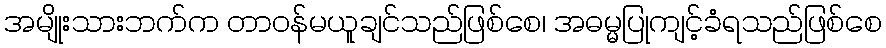
အမျိုးသားဘက်က တာဝန်မယူချင်သည်ဖြစ်စေ၊ အဓမ္မပြုကျင့်ခံရသည်ဖြစ်စေ